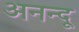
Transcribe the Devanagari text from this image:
अनन्‍दू